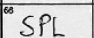
Transcription: SPL